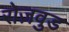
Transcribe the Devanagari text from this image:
रोज़वुड